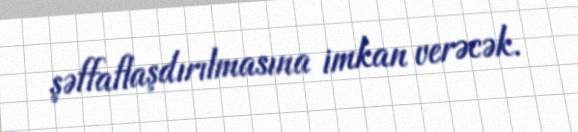
şəffaflaşdırılmasına imkan verəcək.